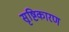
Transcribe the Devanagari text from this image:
सृष्टिकारण